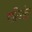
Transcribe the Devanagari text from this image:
शाखिश्रृंग